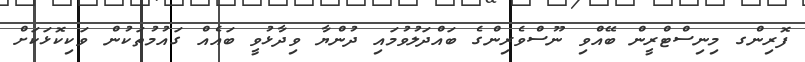
ފޮރިންގ މިނިސްޓްރީން ބޭއްވި ނޫސްވެރިންގެ ބައްދަލުވުމައި ދުންޔާ ވިދާޅުވީ ބައެއް ގައުމުތަކުން ވަކިކޮޅަކަށް